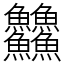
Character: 䲜